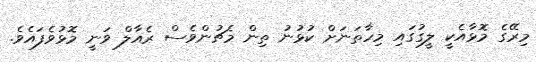
މިރޭގެ މޮޅާއެކީ ލީގުގައި މިހާތަނަށް ކުޅުނު ތިން މެޗުންވެސް ރެއާލް ވަނީ މޮޅުވެފައެވެ.